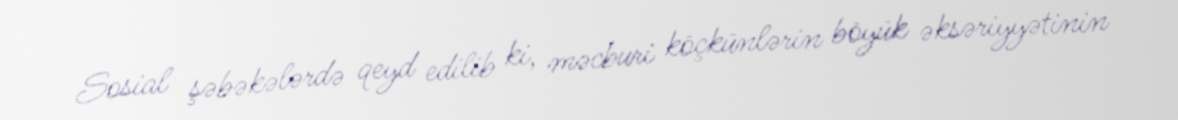
Sosial şəbəkələrdə qeyd edilib ki, məcburi köçkünlərin böyük əksəriyyətinin